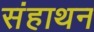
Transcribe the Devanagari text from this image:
संहाथन